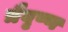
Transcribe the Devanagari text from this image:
त्रैवृष्ण